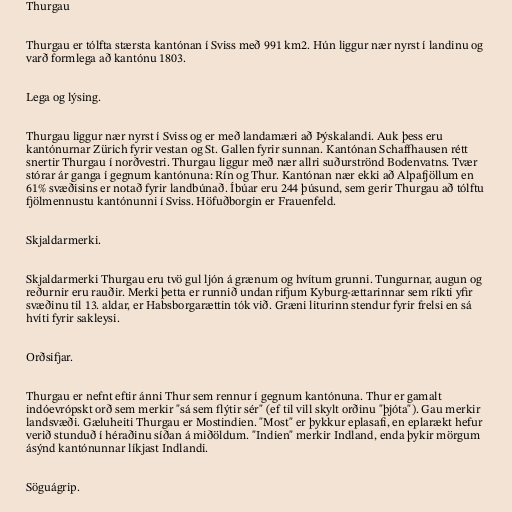
Thurgau

Thurgau er tólfta stærsta kantónan í Sviss með 991 km2. Hún liggur nær nyrst í landinu og
varð formlega að kantónu 1803.

Lega og lýsing.

Thurgau liggur nær nyrst í Sviss og er með landamæri að Þýskalandi. Auk þess eru
kantónurnar Zürich fyrir vestan og St. Gallen fyrir sunnan. Kantónan Schaffhausen rétt
snertir Thurgau í norðvestri. Thurgau liggur með nær allri suðurströnd Bodenvatns. Tvær
stórar ár ganga í gegnum kantónuna: Rín og Thur. Kantónan nær ekki að Alpafjöllum en
61% svæðisins er notað fyrir landbúnað. Íbúar eru 244 þúsund, sem gerir Thurgau að tólftu
fjölmennustu kantónunni í Sviss. Höfuðborgin er Frauenfeld.

Skjaldarmerki.

Skjaldarmerki Thurgau eru tvö gul ljón á grænum og hvítum grunni. Tungurnar, augun og
reðurnir eru rauðir. Merki þetta er runnið undan rifjum Kyburg-ættarinnar sem ríkti yfir
svæðinu til 13. aldar, er Habsborgarættin tók við. Græni liturinn stendur fyrir frelsi en sá
hvíti fyrir sakleysi.

Orðsifjar.

Thurgau er nefnt eftir ánni Thur sem rennur í gegnum kantónuna. Thur er gamalt
indóevrópskt orð sem merkir "sá sem flýtir sér" (ef til vill skylt orðinu "þjóta"). Gau merkir
landsvæði. Gæluheiti Thurgau er Mostindien. "Most" er þykkur eplasafi, en eplarækt hefur
verið stunduð í héraðinu síðan á miðöldum. "Indien" merkir Indland, enda þykir mörgum
ásýnd kantónunnar líkjast Indlandi.

Söguágrip.